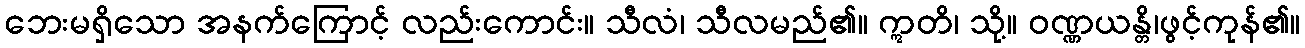
ဘေးမရှိသော အနက်ကြောင့် လည်းကောင်း။ သီလံ၊ သီလမည်၏။ ဣတိ၊ သို့။ ဝဏ္ဏယန္တိ၊ဖွင့်ကုန်၏။